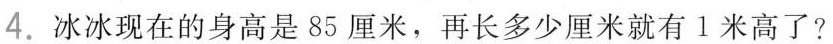
4.冰冰现在的身高是85厘米，再长多少厘米就有1米高了?